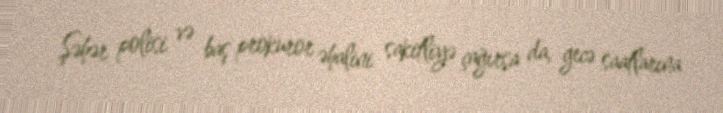
Şəhər polisi və baş prokuror əhalini sakitliyə çağırsa da, gecə saatlarına